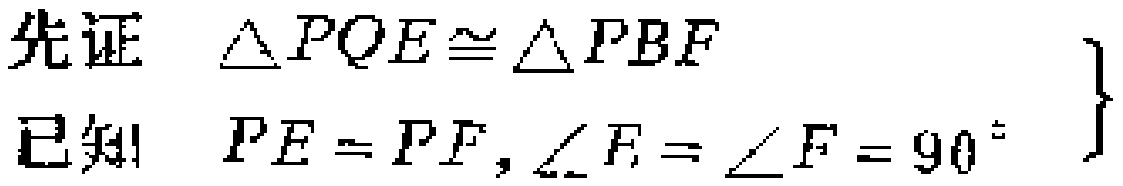
先证 $\triangle PQE\cong\triangle PBF$

已知 $PE = PF,\angle E=\angle F = 90^{\circ}$